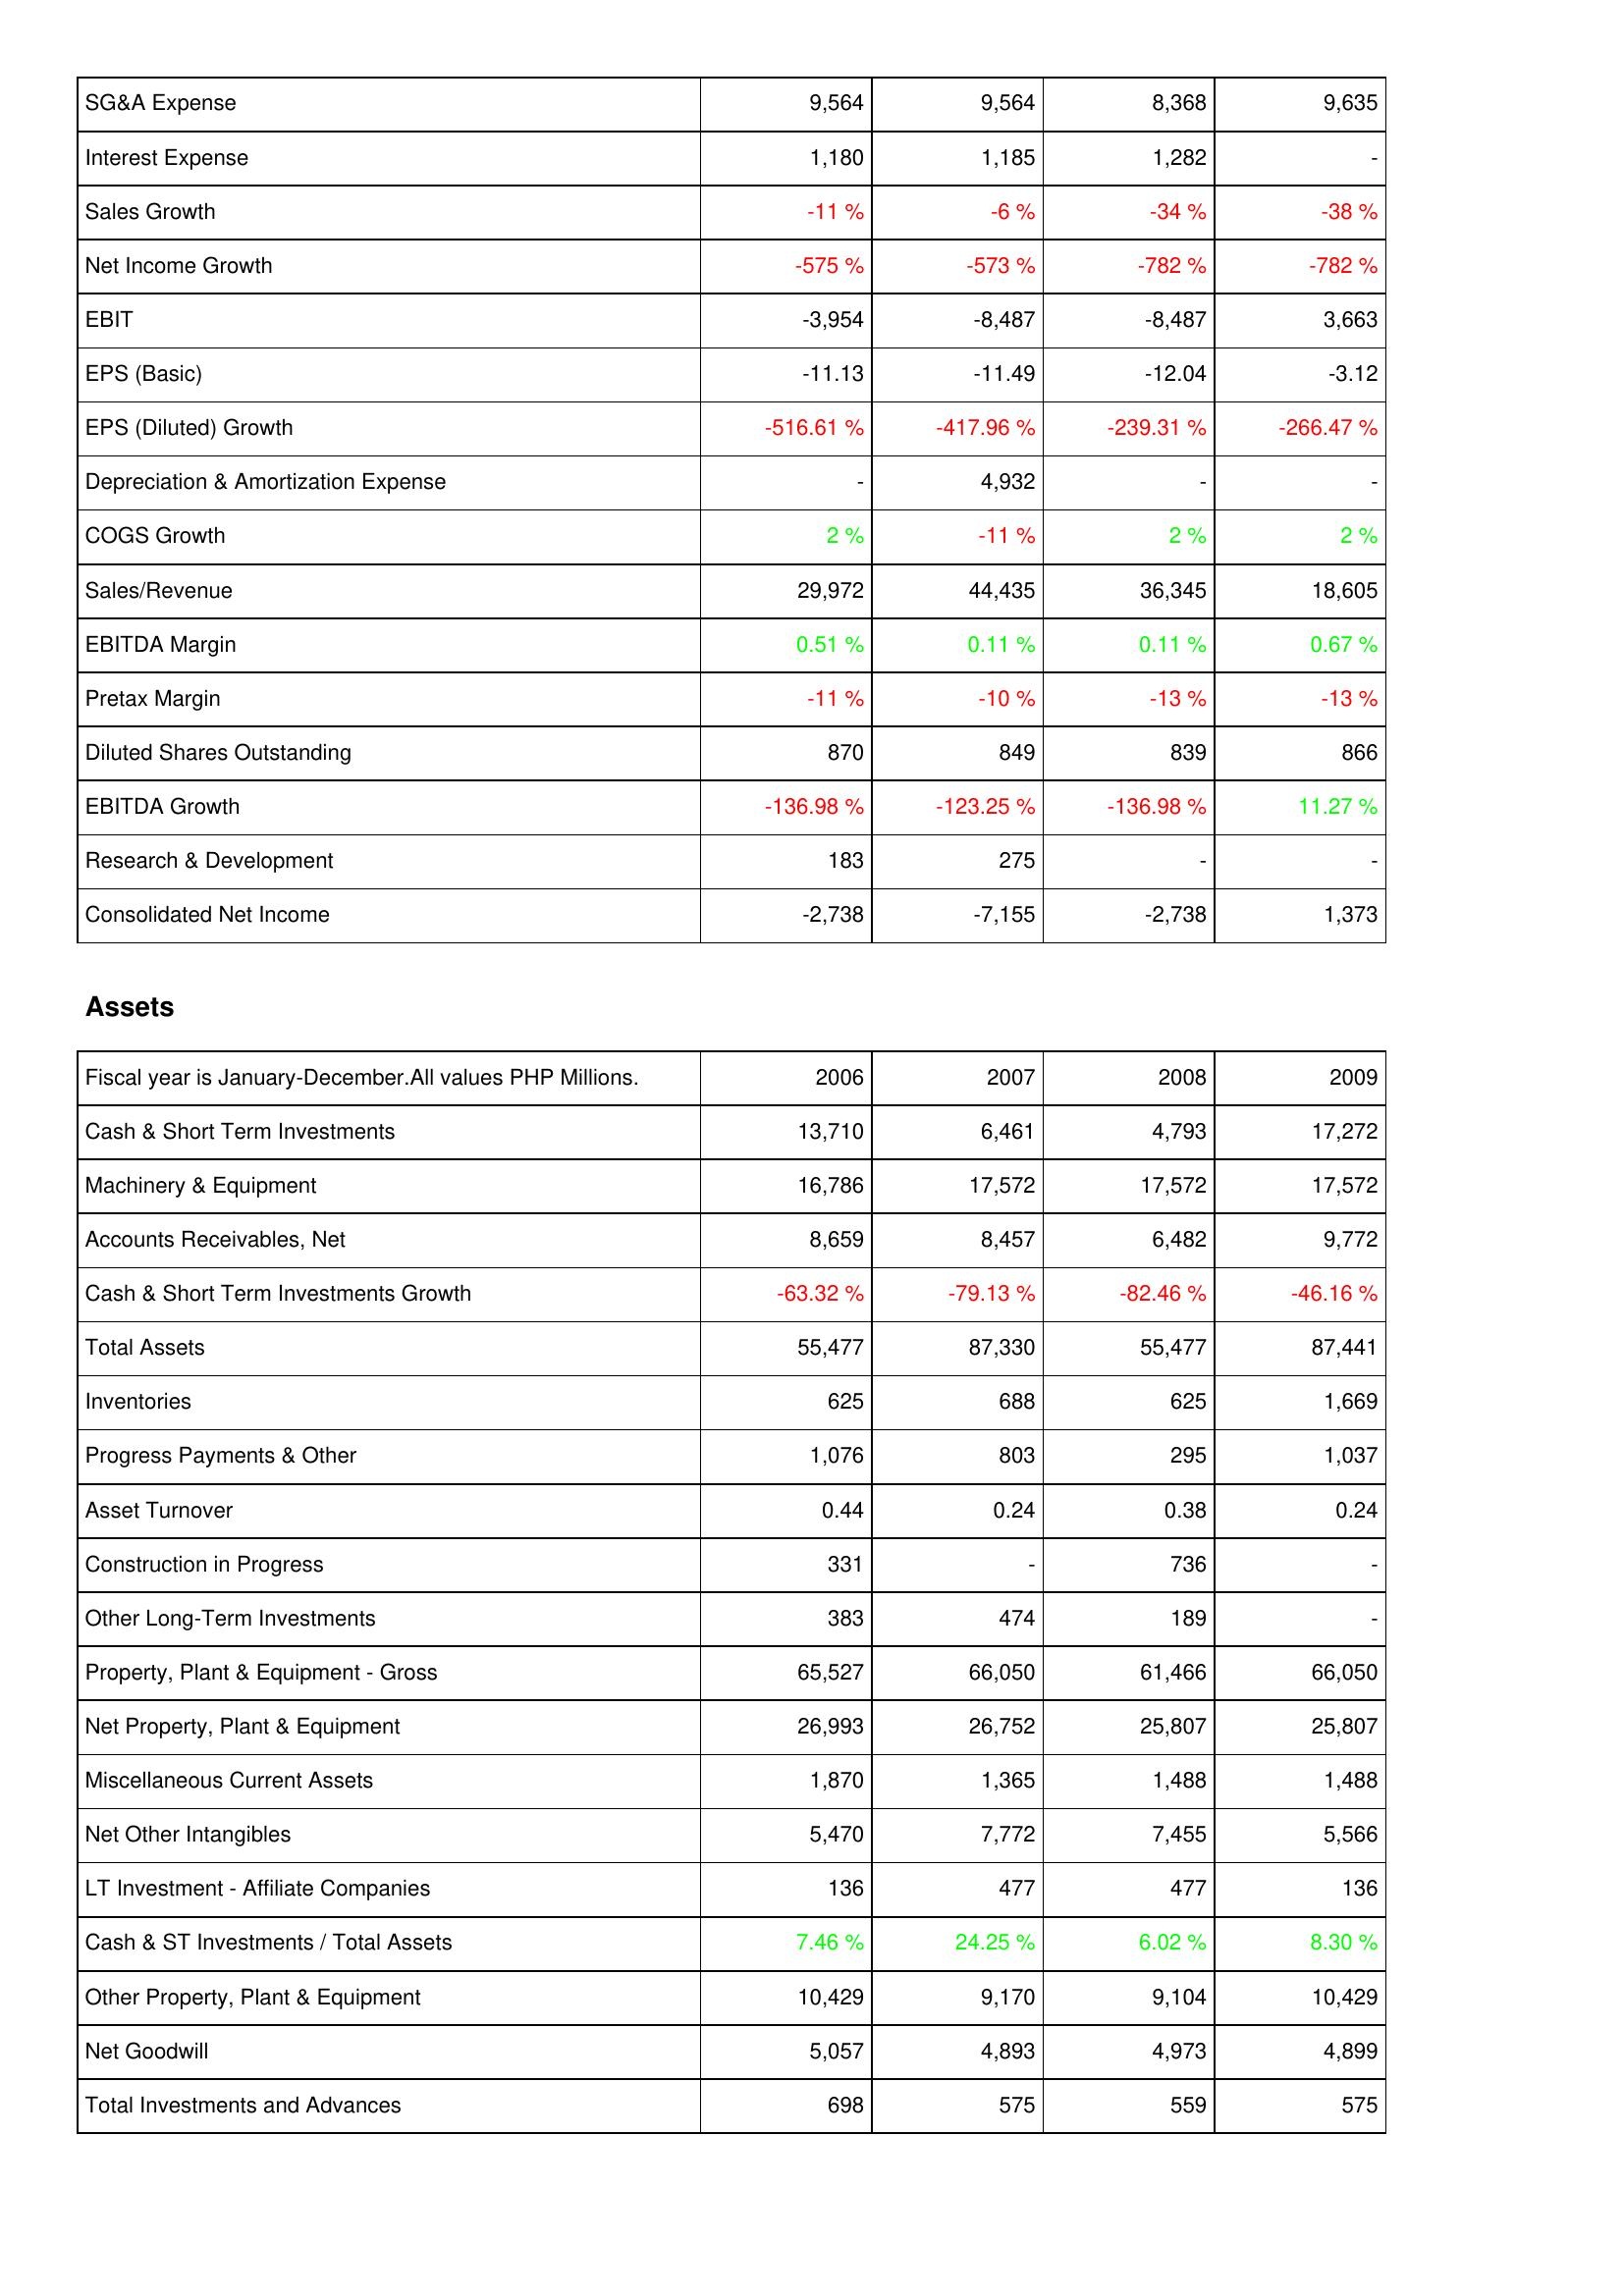
2006: Income Statement: SG&A Expense: 9,564
Interest Expense: 1,180
Sales Growth: -11 %
Net Income Growth: -575 %
EBIT: -3,954
EPS (Basic): -11.13
EPS (Diluted) Growth: -516.61 %
Depreciation & Amortization Expense: -
COGS Growth: 2 %
Sales/Revenue: 29,972
EBITDA Margin: 0.51 %
Pretax Margin: -11 %
Diluted Shares Outstanding: 870
EBITDA Growth: -136.98 %
Research & Development: 183
Consolidated Net Income: -2,738
Assets: Cash & Short Term Investments: 13,710
Machinery & Equipment: 16,786
Accounts Receivables, Net: 8,659
Cash & Short Term Investments Growth: -63.32 %
Total Assets: 55,477
Inventories: 625
Progress Payments & Other: 1,076
Asset Turnover: 0.44
Construction in Progress: 331
Other Long-Term Investments: 383
Property, Plant & Equipment - Gross: 65,527
Net Property, Plant & Equipment: 26,993
Miscellaneous Current Assets: 1,870
Net Other Intangibles: 5,470
LT Investment - Affiliate Companies: 136
Cash & ST Investments / Total Assets: 7.46 %
Other Property, Plant & Equipment: 10,429
Net Goodwill: 5,057
Total Investments and Advances: 698
2007: Income Statement: SG&A Expense: 9,564
Interest Expense: 1,185
Sales Growth: -6 %
Net Income Growth: -573 %
EBIT: -8,487
EPS (Basic): -11.49
EPS (Diluted) Growth: -417.96 %
Depreciation & Amortization Expense: 4,932
COGS Growth: -11 %
Sales/Revenue: 44,435
EBITDA Margin: 0.11 %
Pretax Margin: -10 %
Diluted Shares Outstanding: 849
EBITDA Growth: -123.25 %
Research & Development: 275
Consolidated Net Income: -7,155
Assets: Cash & Short Term Investments: 6,461
Machinery & Equipment: 17,572
Accounts Receivables, Net: 8,457
Cash & Short Term Investments Growth: -79.13 %
Total Assets: 87,330
Inventories: 688
Progress Payments & Other: 803
Asset Turnover: 0.24
Construction in Progress: -
Other Long-Term Investments: 474
Property, Plant & Equipment - Gross: 66,050
Net Property, Plant & Equipment: 26,752
Miscellaneous Current Assets: 1,365
Net Other Intangibles: 7,772
LT Investment - Affiliate Companies: 477
Cash & ST Investments / Total Assets: 24.25 %
Other Property, Plant & Equipment: 9,170
Net Goodwill: 4,893
Total Investments and Advances: 575
2008: Income Statement: SG&A Expense: 8,368
Interest Expense: 1,282
Sales Growth: -34 %
Net Income Growth: -782 %
EBIT: -8,487
EPS (Basic): -12.04
EPS (Diluted) Growth: -239.31 %
Depreciation & Amortization Expense: -
COGS Growth: 2 %
Sales/Revenue: 36,345
EBITDA Margin: 0.11 %
Pretax Margin: -13 %
Diluted Shares Outstanding: 839
EBITDA Growth: -136.98 %
Research & Development: -
Consolidated Net Income: -2,738
Assets: Cash & Short Term Investments: 4,793
Machinery & Equipment: 17,572
Accounts Receivables, Net: 6,482
Cash & Short Term Investments Growth: -82.46 %
Total Assets: 55,477
Inventories: 625
Progress Payments & Other: 295
Asset Turnover: 0.38
Construction in Progress: 736
Other Long-Term Investments: 189
Property, Plant & Equipment - Gross: 61,466
Net Property, Plant & Equipment: 25,807
Miscellaneous Current Assets: 1,488
Net Other Intangibles: 7,455
LT Investment - Affiliate Companies: 477
Cash & ST Investments / Total Assets: 6.02 %
Other Property, Plant & Equipment: 9,104
Net Goodwill: 4,973
Total Investments and Advances: 559
2009: Income Statement: SG&A Expense: 9,635
Interest Expense: -
Sales Growth: -38 %
Net Income Growth: -782 %
EBIT: 3,663
EPS (Basic): -3.12
EPS (Diluted) Growth: -266.47 %
Depreciation & Amortization Expense: -
COGS Growth: 2 %
Sales/Revenue: 18,605
EBITDA Margin: 0.67 %
Pretax Margin: -13 %
Diluted Shares Outstanding: 866
EBITDA Growth: 11.27 %
Research & Development: -
Consolidated Net Income: 1,373
Assets: Cash & Short Term Investments: 17,272
Machinery & Equipment: 17,572
Accounts Receivables, Net: 9,772
Cash & Short Term Investments Growth: -46.16 %
Total Assets: 87,441
Inventories: 1,669
Progress Payments & Other: 1,037
Asset Turnover: 0.24
Construction in Progress: -
Other Long-Term Investments: -
Property, Plant & Equipment - Gross: 66,050
Net Property, Plant & Equipment: 25,807
Miscellaneous Current Assets: 1,488
Net Other Intangibles: 5,566
LT Investment - Affiliate Companies: 136
Cash & ST Investments / Total Assets: 8.30 %
Other Property, Plant & Equipment: 10,429
Net Goodwill: 4,899
Total Investments and Advances: 575